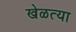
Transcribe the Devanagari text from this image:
खेळत्या